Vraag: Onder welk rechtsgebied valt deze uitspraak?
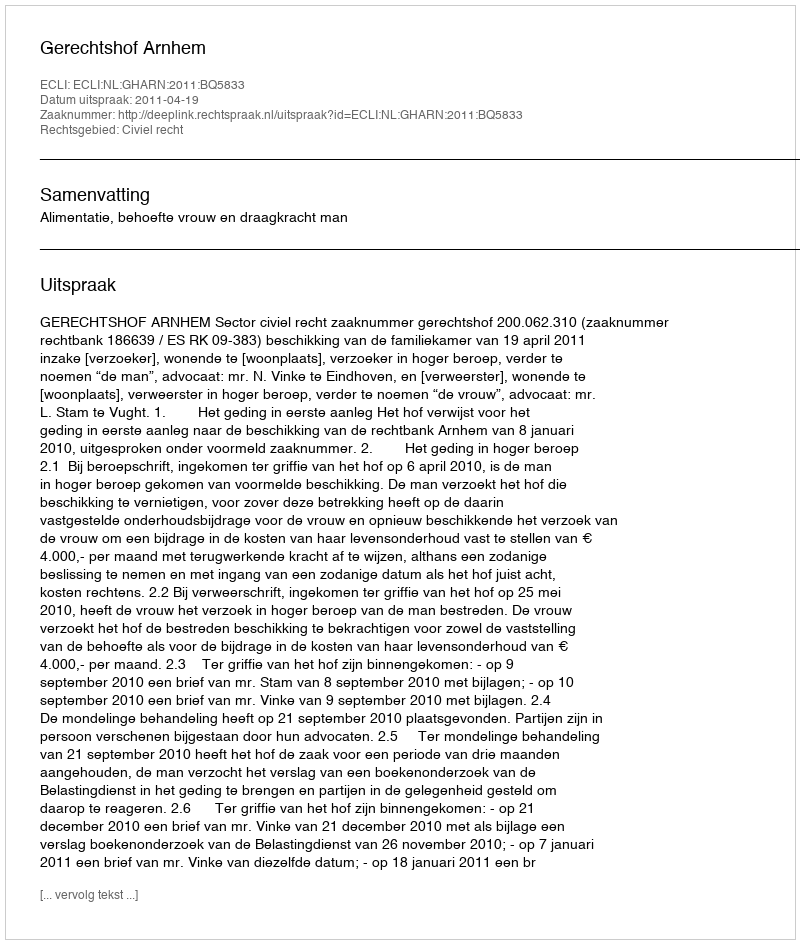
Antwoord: Civiel recht